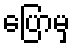
ပြောမှ